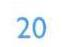
20